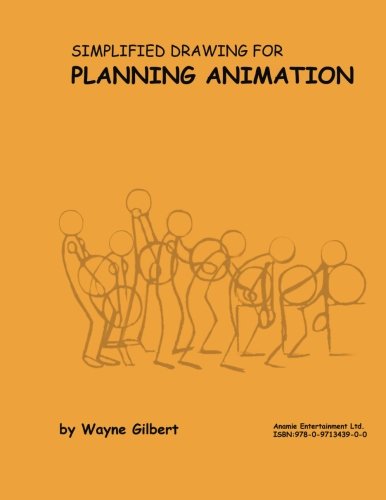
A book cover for Simplified Drawing for Planning Animation; Wayne Gilbert; Comics & Graphic Novels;